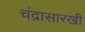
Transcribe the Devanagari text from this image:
चंद्रासारखी